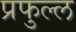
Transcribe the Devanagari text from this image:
प्रफुल्‍ल